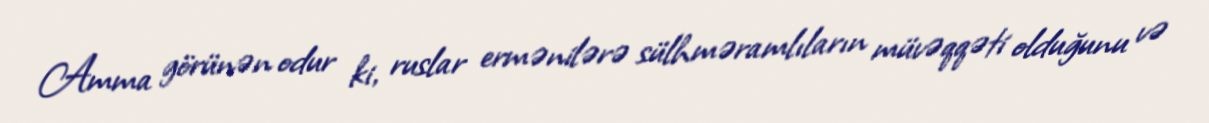
Amma görünən odur ki, ruslar ermənilərə sülhməramlıların müvəqqəti olduğunu və